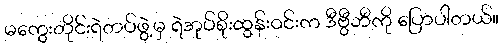
မကွေးတိုင်းရဲတပ်ဖွဲ့မှ ရဲအုပ်စိုးထွန်းဝင်းက ဒီဗွီဘီကို ပြောပါတယ်။